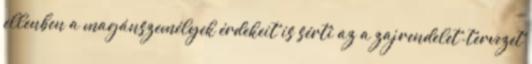
ellenben a magánszemélyek érdekeit is sérti az a zajrendelet-tervezet